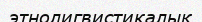
этнолигвистикалық